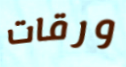
ورقات